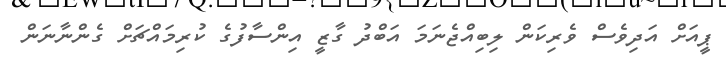
ޕީއަށް އަދިވެސް ވެރިކަން ލިބިއްޖެނަމަ އަބްދު ގާޒީ އިންސާފުގެ ކުރިމައްޗަށް ގެންނާނަން